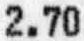
2.70